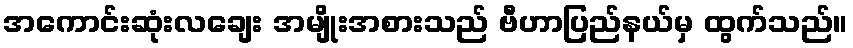
အကောင်းဆုံးလချေး အမျိုးအစားသည် ဗီဟာပြည်နယ်မှ ထွက်သည်။